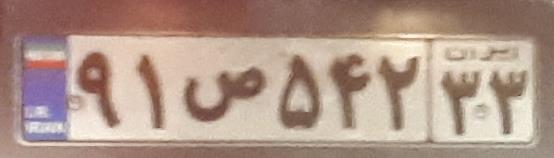
۹۱ص۵۴۲۳۳